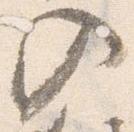
入